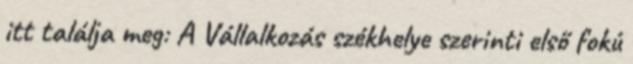
itt találja meg: A Vállalkozás székhelye szerinti első fokú